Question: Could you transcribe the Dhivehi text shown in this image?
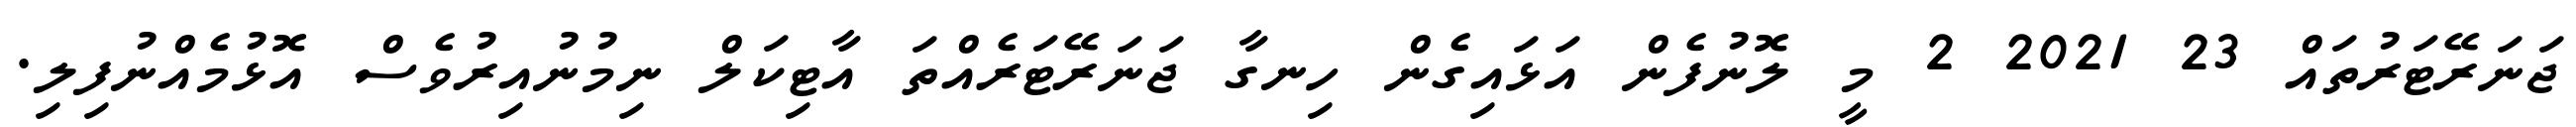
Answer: ޖަނަރޭޓަރުތައް 23 2021 2 މީ ލޮނުފެން އަޅައިގެން ހިނގާ ޖަނަރޭޓަރެއްތަ އާޓިކަލް ނިމުނުއިރުވެސް އޮޅުމެއްނުފިލި.